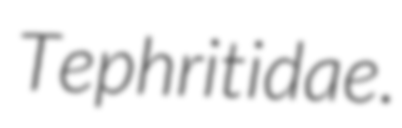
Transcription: Tephritidae.